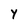
Character: y